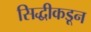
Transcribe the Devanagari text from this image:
सिद्धीकडून